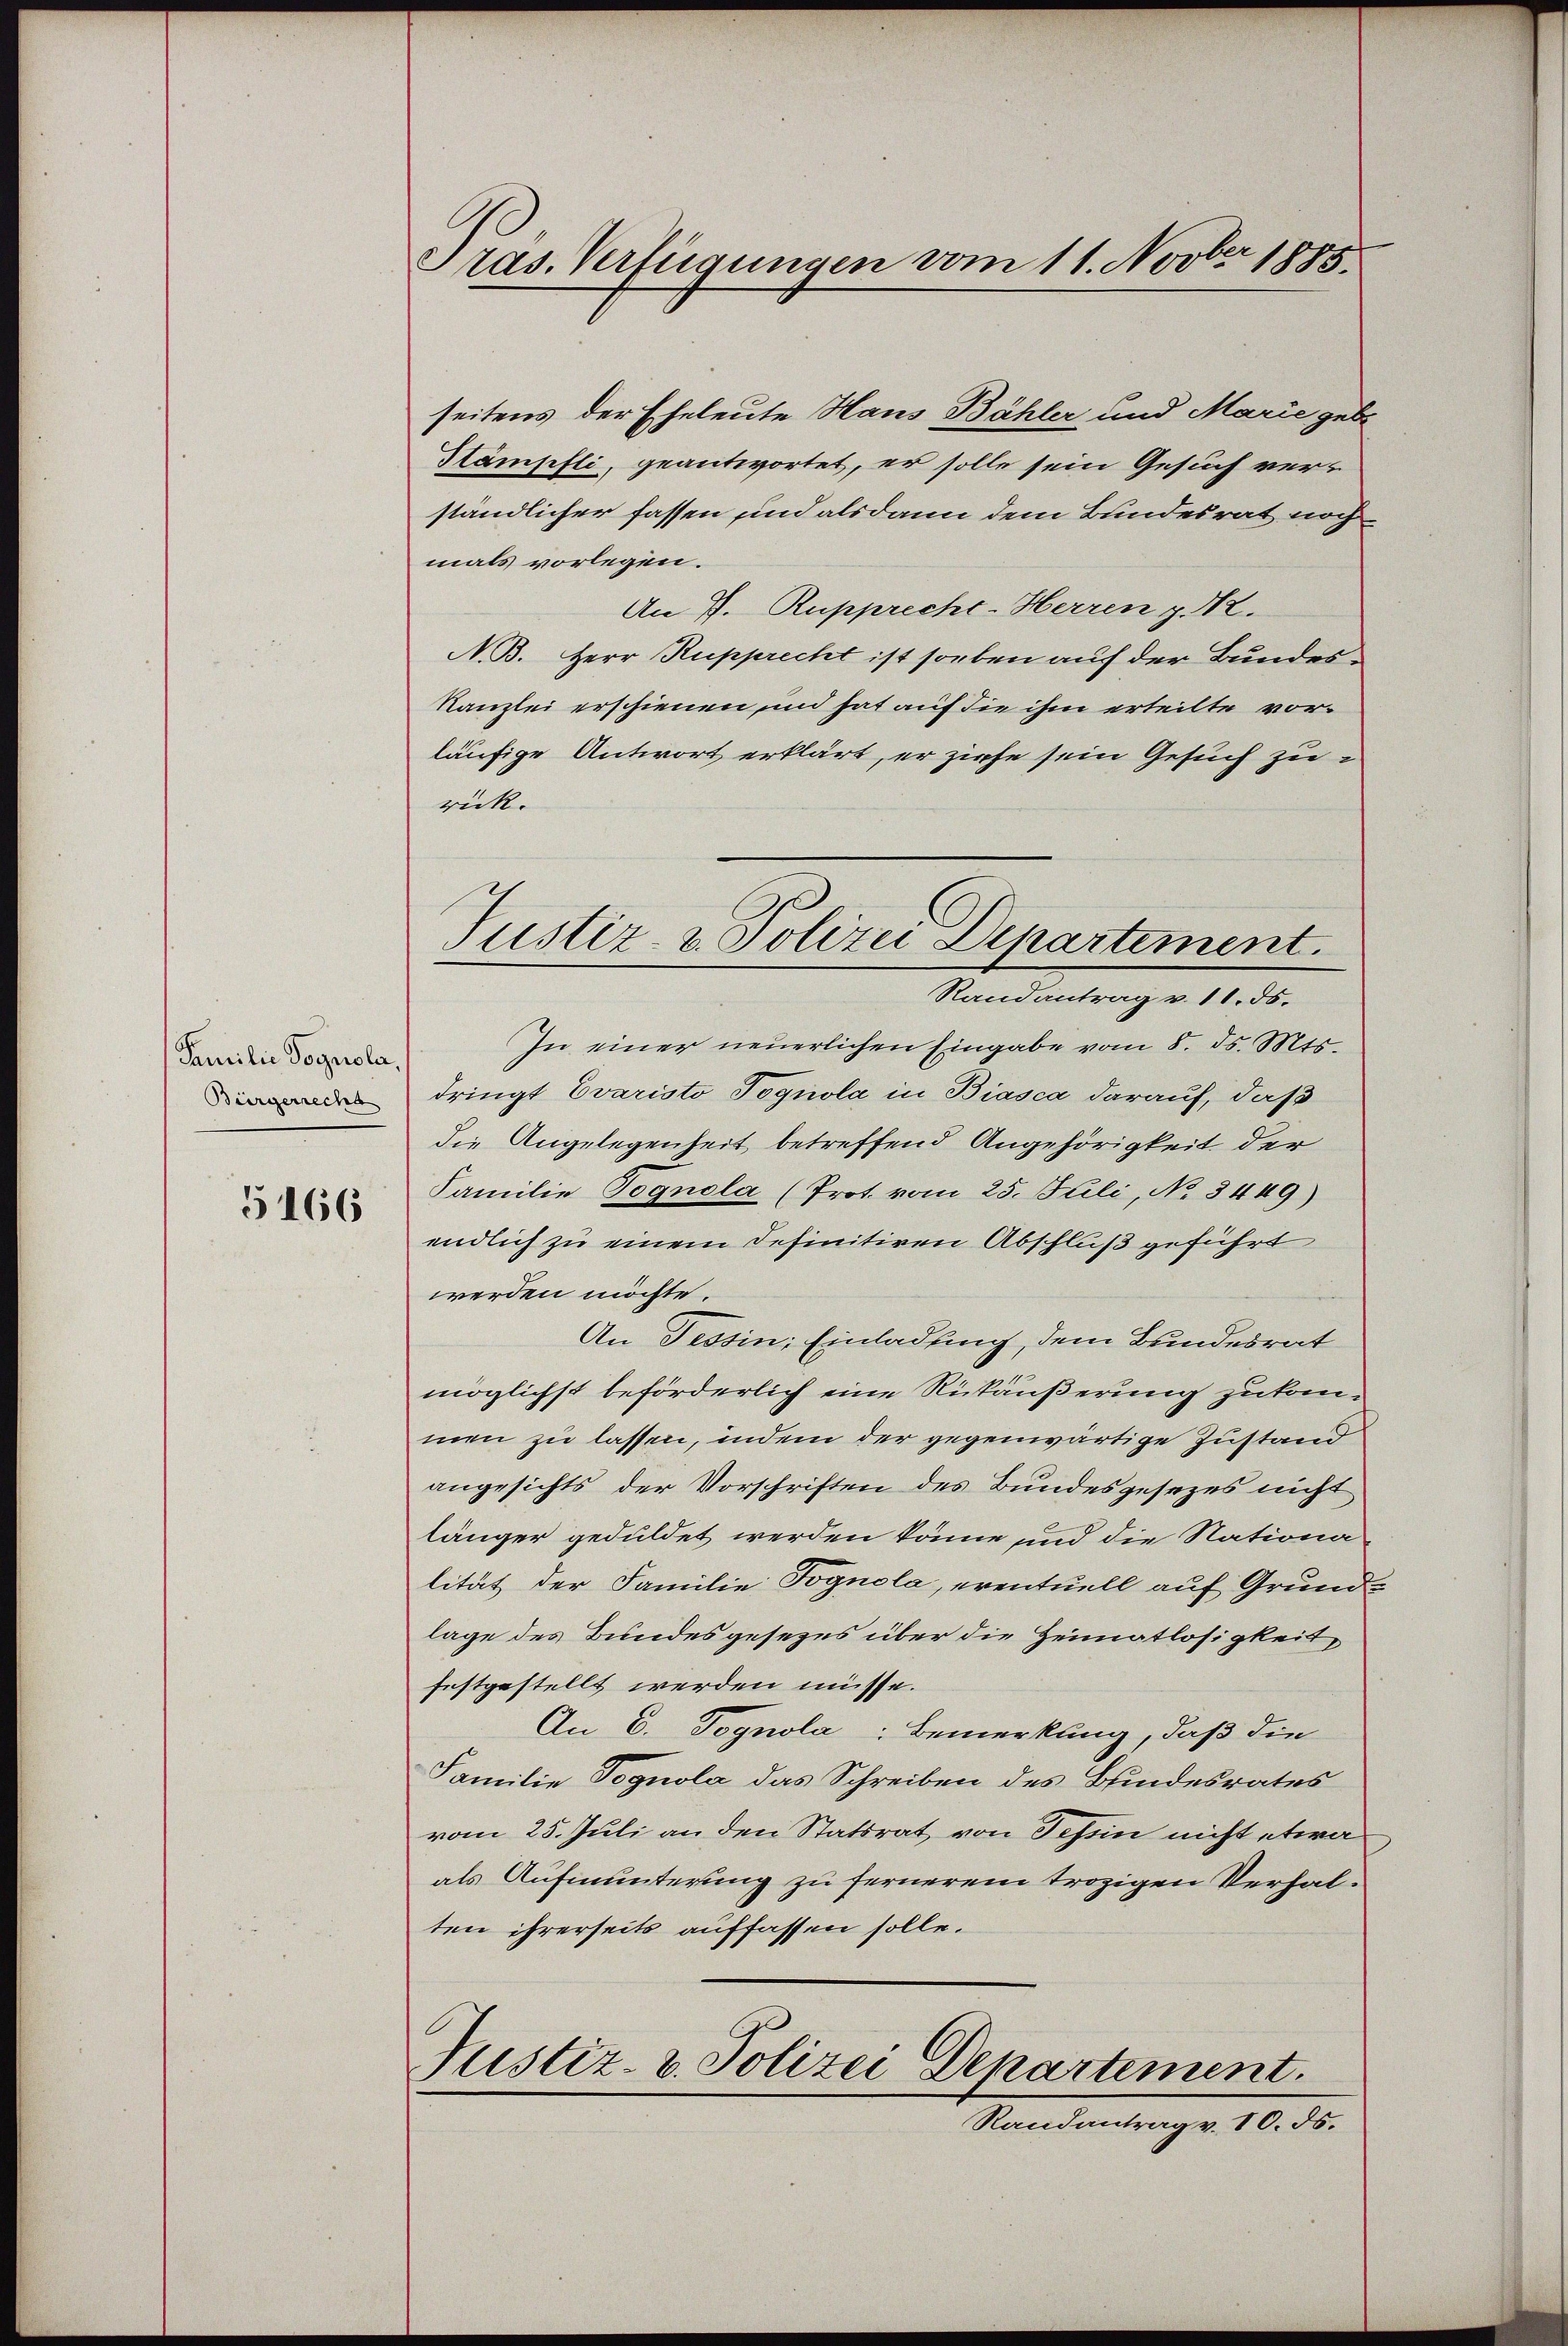
Familie Tognola,
Bürgerrecht

5166

Pras. Verfügungen vom 11. Novber 1885.

seitens der Eheleute Haus Bähler und Marie gebe
Kämpfli, geantwortet, er solle sein Gesuch verständlicher fassen und alsdann dem Bundesrat noch
mals vorlegen.
An 7. Rupprecht-Herren p. 12.
N. B. Herr Rupprecht ist soeben auf der Bundes¬
Kanzlei erschienen, und hat auf die ihm erteilte vorläufige Antwort erklärt, er ziehe sein Gesuch zuruck.
Randantrag v. 11. ds.
In einer neuerlichen Eingabe vom 8. ds. Mts.
dringt Evaristo Pognola in Biasca darauf, daß
die Angelegenheit betreffend Angehörigkeit der
Familie Pognola (Prot. vom 25. Juli, No. 3449)
endlich zu einem definitiven Abschluß geführt
werden möchte.
An Tessin, Einladung, dem Bundesrat
möglichst beförderlich eine Rückäußerung zukommen zu lassen, indem der gegenwärtige Zustand
angesichts der Vorschriften des Bundesgesezes nicht
länger geduldet werden könne und die Nationa
lität der Familie Pognola, eventuell auf Grundlage des Bundesgesezes über die Heimatlosigkeit,
festgestellt werden müsse.
An C. Pognola: Bemerkung, daß die
Familie Pognola das Schreiben des Bundesrates
vom 25. Juli an den Statsrat von Tessin nicht etwa
als Aufmunterung zu fernerem trozigen Verhalten ihrerseits auffassen solle.
Justiz- & Polizei Departement.
Randantrag v. 10. ds.

Justiz- & Polizei Departement.